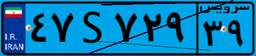
۵۳S۴۵۳۶۸